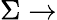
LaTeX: \Sigma\rightarrow